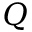
Q